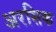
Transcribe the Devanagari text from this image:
अरसिक